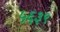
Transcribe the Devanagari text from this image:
५६३९